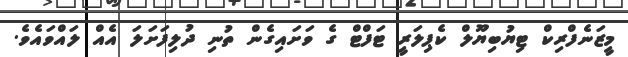
މީޒަނެފްރިކް ޓިޔުބިޔޫލް ކެޕިލަރީ ޓަފްޓް ގެ ވަށައިގެން ތުނި ދުލިފަށަލަ އެއް ލައްވައެވެ.